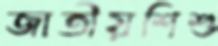
জাতীয়শিশু